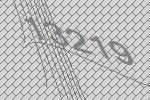
13219